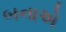
બનાએ